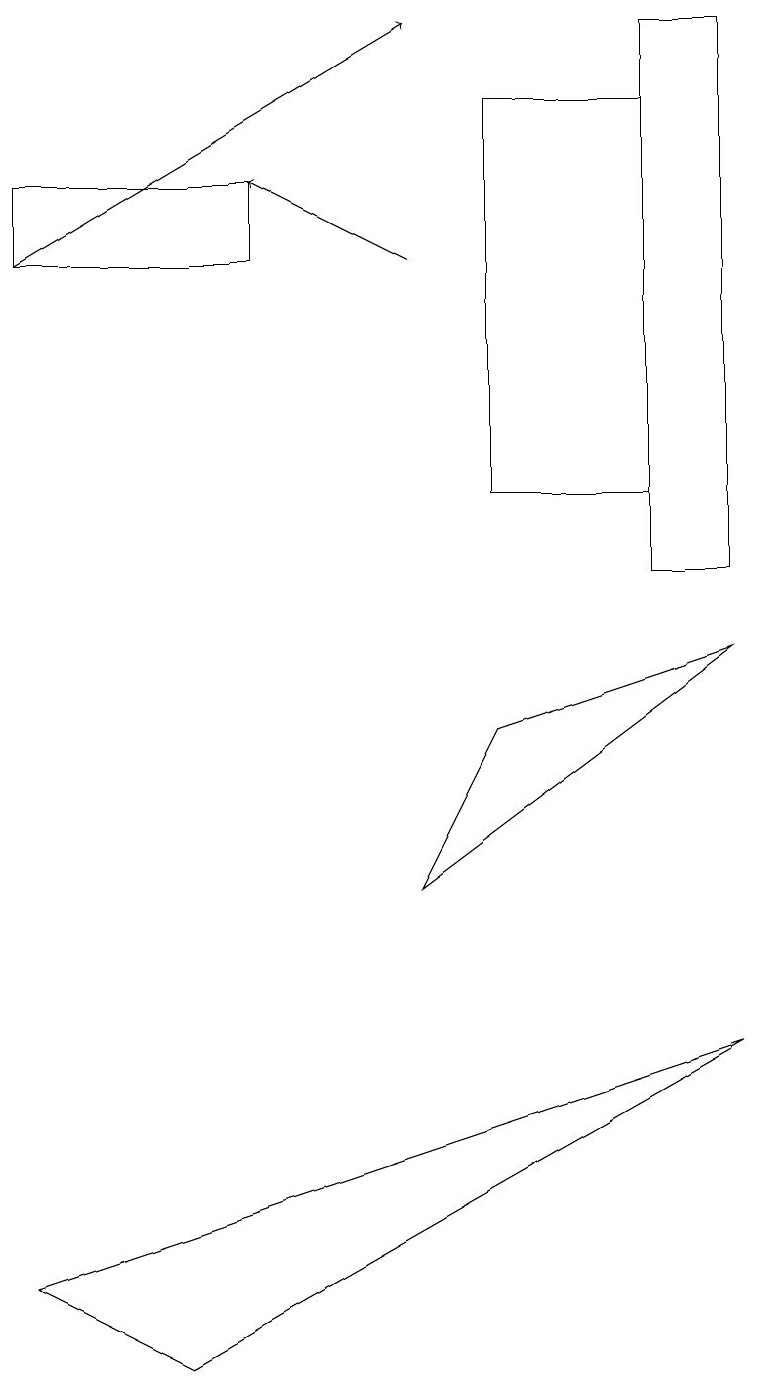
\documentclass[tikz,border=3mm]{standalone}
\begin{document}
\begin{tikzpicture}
\draw (8,10) rectangle (9,17);
\draw (6,8) -- (9,9) -- (5,6) -- cycle;
\draw[->] (0,14) -- (5,17);
\draw (8,16) rectangle (6,11);
\draw (2,0) -- (0,1) -- (9,4) -- cycle;
\draw[->] (5,14) -- (3,15);
\draw (3,14) rectangle (0,15);
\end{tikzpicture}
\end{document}